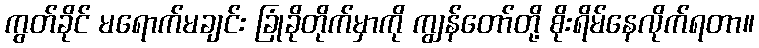
ကွတ်ခိုင် မရောက်မချင်း ခြုံခိုတိုက်မှာကို ကျွန်တော်တို့ စိုးရိမ်နေလိုက်ရတာ။